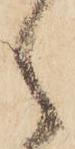
之